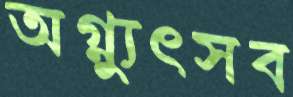
অগ্ন্যুৎসব